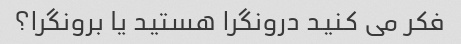
فکر می کنید درونگرا هستید یا برونگرا؟